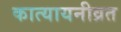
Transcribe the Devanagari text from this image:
कात्यायनीव्रत